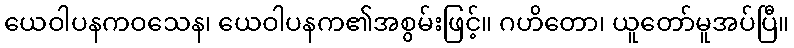
ယေဝါပနကဝသေန၊ ယေဝါပနက၏အစွမ်းဖြင့်။ ဂဟိတော၊ ယူတော်မူအပ်ပြီ။